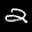
Label: 2